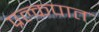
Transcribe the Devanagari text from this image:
प्रल्कपात